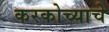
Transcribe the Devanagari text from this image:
करकोच्याचे